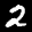
Label: 2